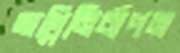
অগ্নিনির্বাপন